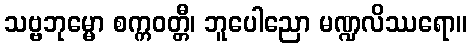
သဗ္ဗဘုမ္မော စက္ကဝတ္တီ၊ ဘူပေါညော မဏ္ဍလိဿရော။